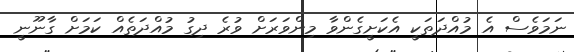
ނަމަވެސް އެ މުއްދަތަކީ އެކަށީގެންވާ މިންވަރަށް ވުރެ ދިގު މުއްދަތެއް ކަމަށް ގާނޫނީ